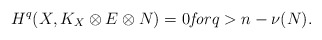
\begin{align*} H^q(X,K_X\otimes E\otimes N)=0 \mathit{for} q>n-\nu(N). \end{align*}